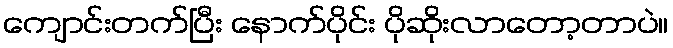
ကျောင်းတက်ပြီး နောက်ပိုင်း ပိုဆိုးလာတော့တာပဲ။